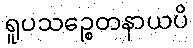
ရူပသဉ္စေတနာယပိ